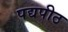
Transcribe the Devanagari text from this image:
पद्यपीठ